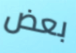
بعض